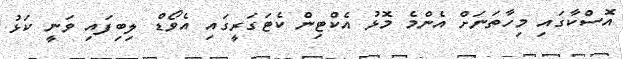
އޮސްކާގައި މިހާތަނަށް އެންމެ މޮޅު އެކްޓިން ކެޓަގަރީގައި އެވޯޑް ލިބިފައި ވަނީ ކަޅު